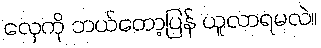
လှေကို ဘယ်တော့ပြန် ယူလာရမလဲ။